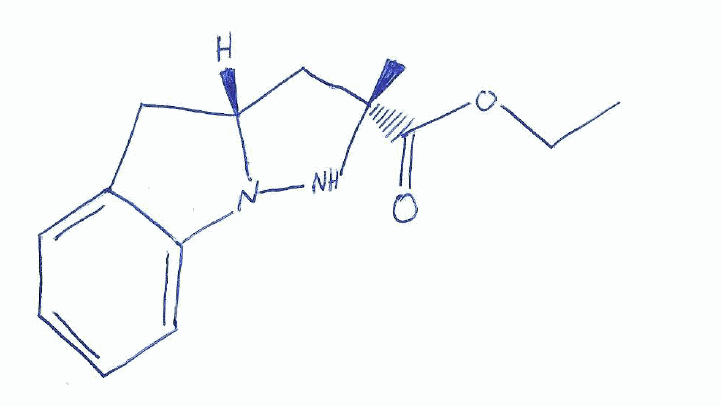
Simplified molecular-input line-entry system (SMILES) notation of the given molecule:
CCOC(=O)[C@]1(C[C@H]2CC3=CC=CC=C3N2N1)C